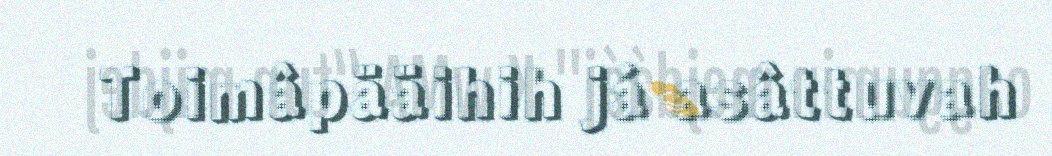
Toimâpääihih já asâttuvah